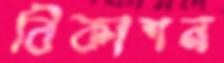
বিকাশন